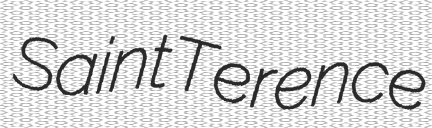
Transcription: Saint Terence